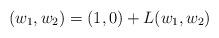
LaTeX: \begin{align*}(w_1,w_2) = (1,0) + L(w_1,w_2)\end{align*}